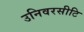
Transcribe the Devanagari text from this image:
उनिवरसीटि